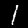
Digit: 1